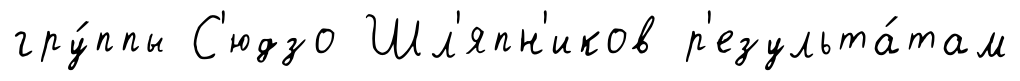
гру́ппы С'юдзо Шл'япн'иков р'езульта́там